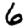
Digit: 6